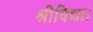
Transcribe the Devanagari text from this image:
श्रीविद्या।